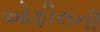
ઓફીસની